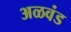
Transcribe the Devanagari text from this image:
अळवंड